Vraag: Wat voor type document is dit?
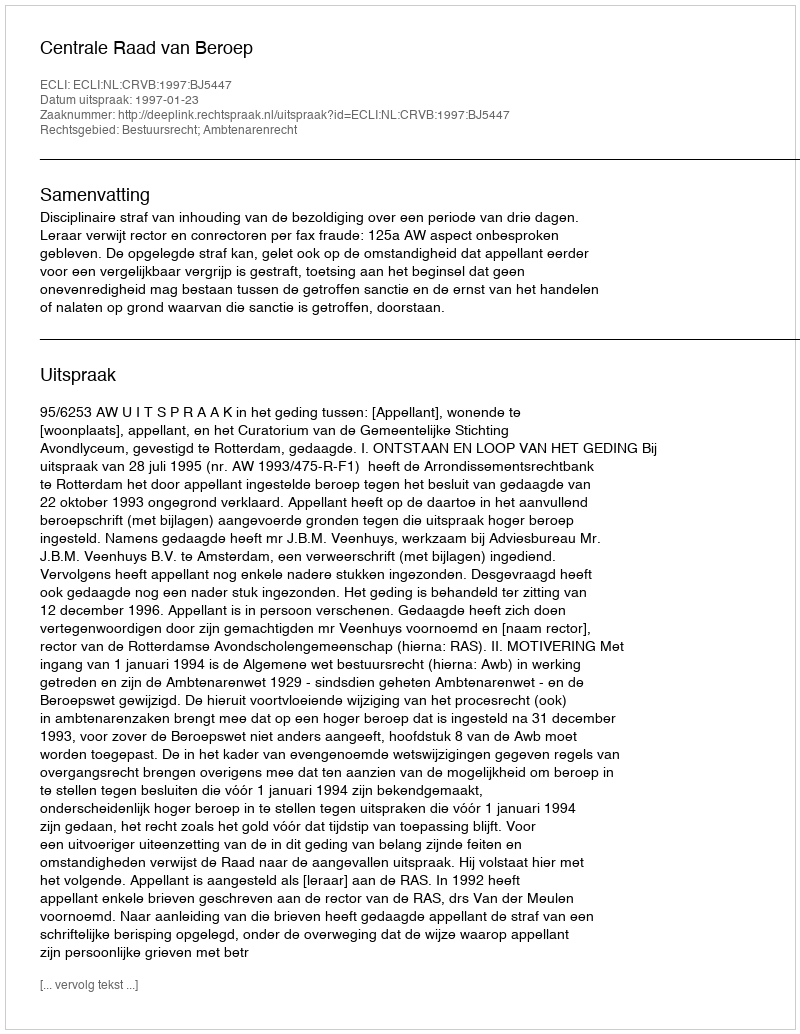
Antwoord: Uitspraak